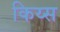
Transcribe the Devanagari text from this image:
किय्स